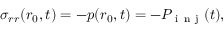
\sigma _ { r r } ( r _ { 0 } , t ) = - p ( r _ { 0 } , t ) = - P _ { \mathrm { ~ i ~ n ~ j ~ } } ( t ) ,